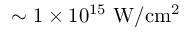
\sim 1 \times 1 0 ^ { 1 5 } \ \mathrm { W / c m ^ { 2 } }